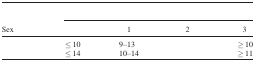
<table><thead><tr><td>[EMPTY_CELL]</td><td colspan="4">[EMPTY_CELL]</td></tr><tr><td><b>Sex</b></td><td>[EMPTY_CELL]</td><td><b>1</b></td><td><b>2</b></td><td><b>3</b></td></tr></thead><tbody><tr><td>[EMPTY_CELL]</td><td>≤10</td><td>9–13</td><td>[EMPTY_CELL]</td><td>≥10</td></tr><tr><td>[EMPTY_CELL]</td><td>≤14</td><td>10–14</td><td>[EMPTY_CELL]</td><td>≥11</td></tr></tbody></table>